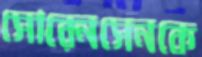
সোরেনসেনকে